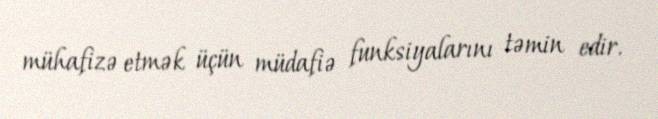
mühafizə etmək üçün müdafiə funksiyalarını təmin edir.